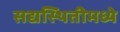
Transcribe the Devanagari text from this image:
सद्यस्थितीमध्ये